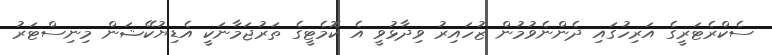
ސެކްރެޓަރީގެ އަރިހުގައި ދެންނެވުމުން ޒުހައިރު ވިދާޅުވީ އެ ކޮމެޓީގެ ތަރުޖަމާނަކީ އެޑިޔުކޭޝަން މިނިސްޓަރު